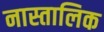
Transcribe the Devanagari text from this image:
नास्तालिक